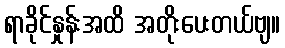
ရာခိုင်နှုန်းအထိ အတိုးပေးတယ်ဗျ။